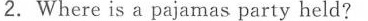
2. Where is a pajamas party held?